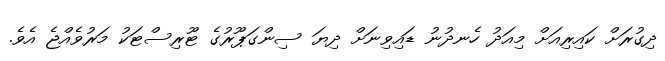
ދިގުރަށް ކައިރިއަށް މިއަދު ހެނދުނު ޑައިވިނަށް ދިޔަ ސިންގަޕޫރުގެ ޓޫރިސްޓަކު މަރުވެއްޖެ އެވެ.